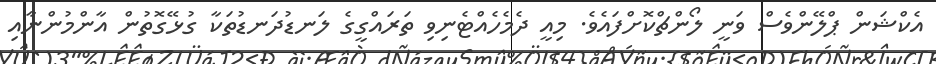
އެކްޝަން ޕްލޭންވެސް ވަނީ ލޯންޗްކޮށްފައެވެ. މިއީ ދެމެހެއްޓެނިވި ތަރައްގީގެ ލަނޑުދަނޑުތަކާ ގުޅޭގޮތުން އާންމުންނާއި